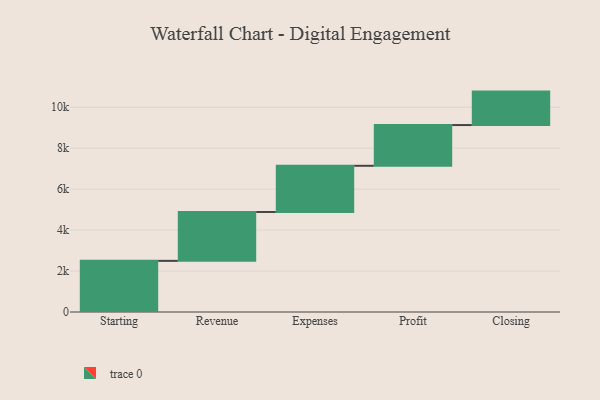
{"axis": {"x": "Step", "y": "Value"}, "legend": [""], "data": [{"x": "Starting", "y": 2498.0, "type": ""}, {"x": "Revenue", "y": 2388.0, "type": ""}, {"x": "Expenses", "y": 2256.0, "type": ""}, {"x": "Profit", "y": 1990.0, "type": ""}, {"x": "Closing", "y": 1634.0, "type": ""}]}